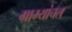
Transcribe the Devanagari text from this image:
ग्राम्यांचल